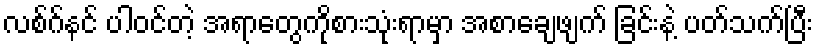
လစ်ဂ်နင် ပါဝင်တဲ့ အရာတွေကိုစားသုံးရာမှာ အစာချေဖျက် ခြင်းနဲ့ ပတ်သက်ပြီး